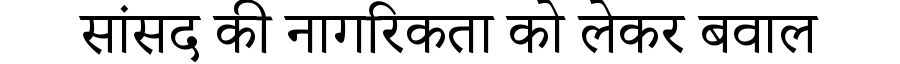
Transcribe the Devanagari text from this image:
सांसद की नागरिकता को लेकर बवाल